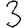
Digit: 3